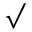
\surd